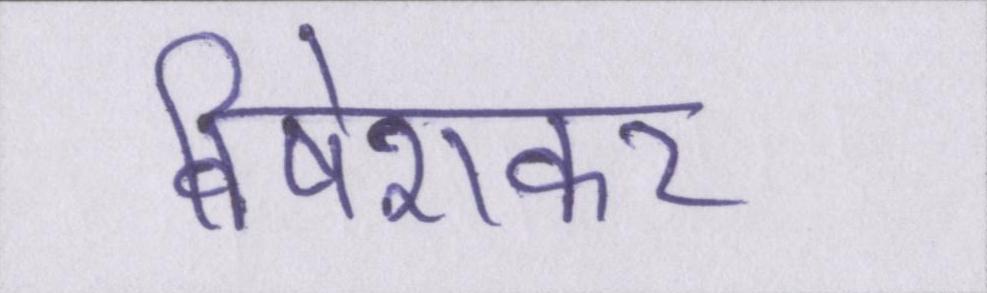
विषेशकर